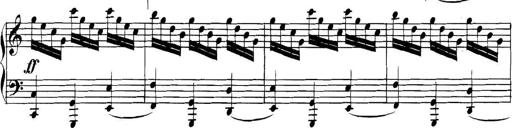
Title: Collected Piano Sonatas
Composer: Muzio Clementi